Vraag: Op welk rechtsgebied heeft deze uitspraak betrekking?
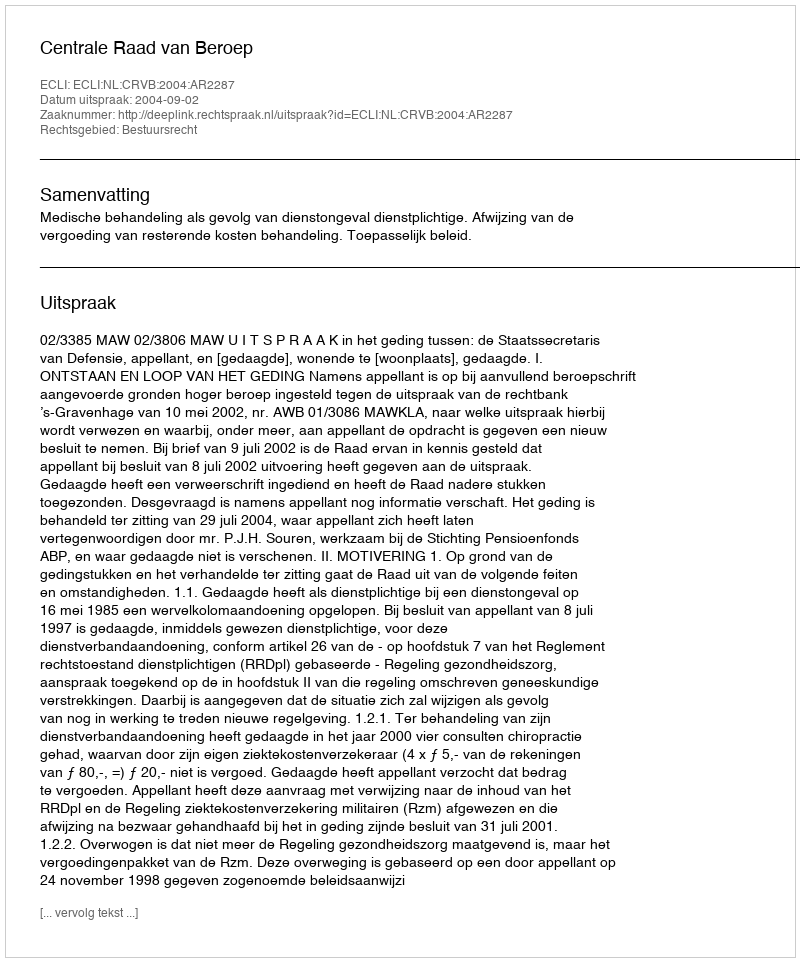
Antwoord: Bestuursrecht